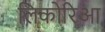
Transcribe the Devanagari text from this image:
लिकोरिआ